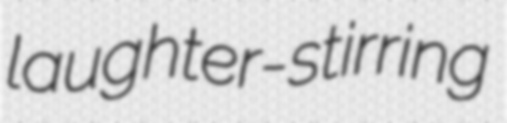
laughter-stirring